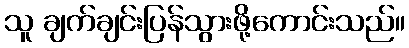
သူ ချက်ချင်းပြန်သွားဖို့ကောင်းသည်။